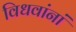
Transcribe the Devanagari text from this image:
विधवांनां